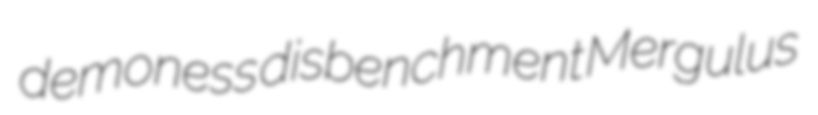
demoness disbenchment Mergulus